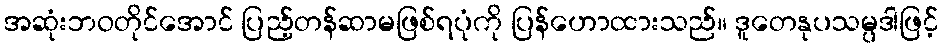
အဆုံးဘဝတိုင်အောင် ပြည့်တန်ဆာမဖြစ်ရပုံကို ပြန်ဟောထားသည်။ ဒူတေနုပသမ္ပဒါဖြင့်